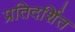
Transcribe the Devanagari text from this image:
प्रतिदर्शित